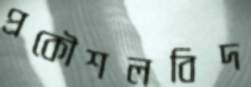
প্রকৌশলবিদ